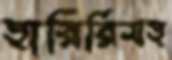
হারিরিসহ